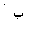
Letter: _ba